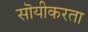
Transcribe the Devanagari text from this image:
सॊयीकरता